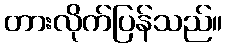
တားလိုက်ပြန်သည်။